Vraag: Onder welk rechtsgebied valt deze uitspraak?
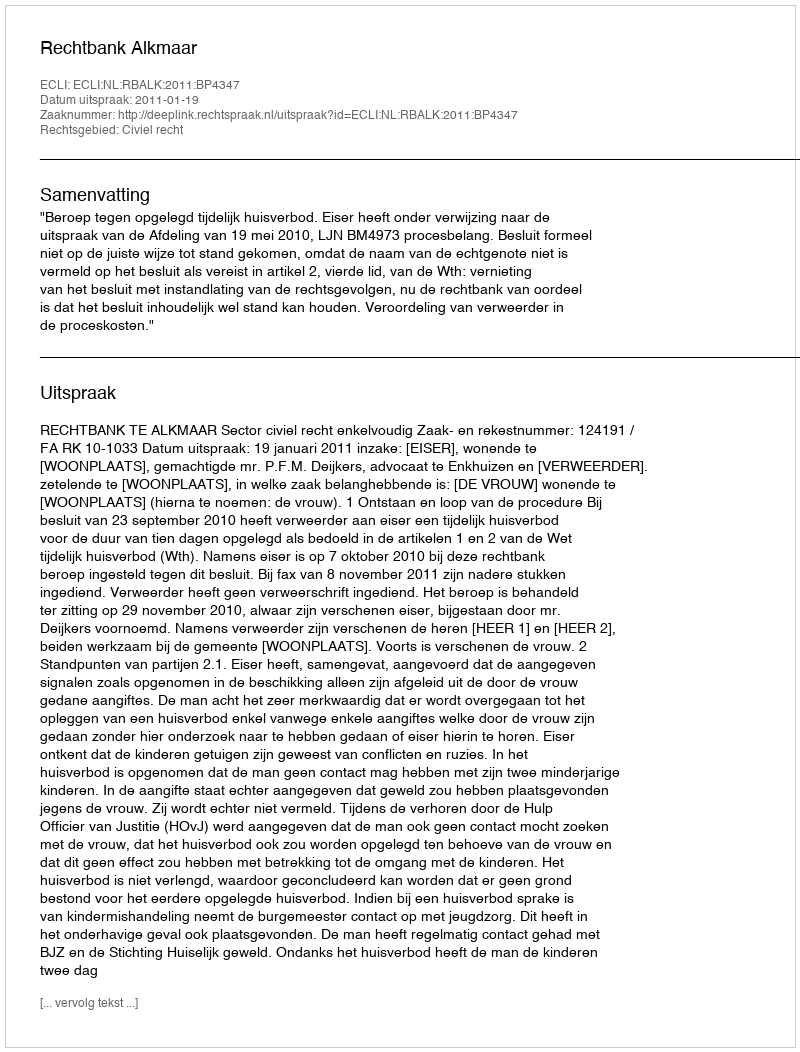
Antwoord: Civiel recht